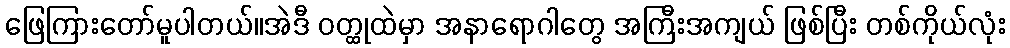
ဖြေကြားတော်မူပါတယ်။အဲဒီ ဝတ္ထုထဲမှာ အနာရောဂါတွေ အကြီးအကျယ် ဖြစ်ပြီး တစ်ကိုယ်လုံး